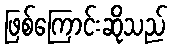
ဖြစ်ကြောင်းဆိုသည်